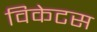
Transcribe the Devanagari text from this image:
विकेटस